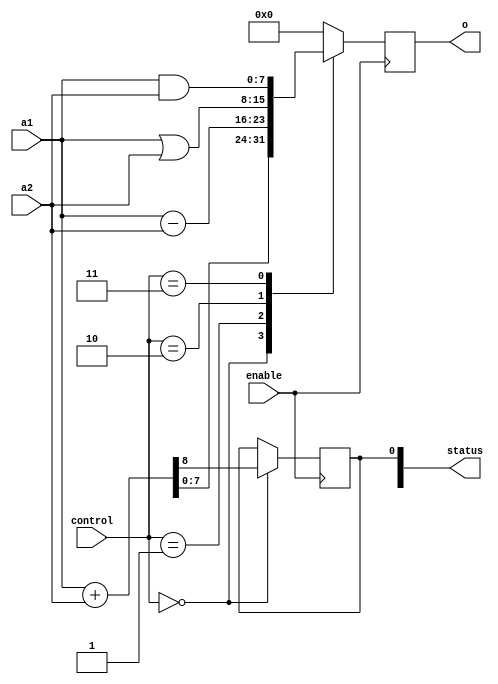
module alu (a1, a2, o, status, control, enable);
input wire [7:0] a1, a2;
output reg [7:0] o;
input wire [4:0] control;
output reg [2:0] status;
input wire enable;
wire [8:0] a1_x, a2_x, o_x;


always  @ (posedge enable )
begin
	case (control)
		2'b00000 :begin
				a1_x = {1'b0, a1};
				a2_x = {1'b0, a2};
				o_x = a1_x + a2_x;
				o = o_x[7:0];
				status[0] = o_x[8];	
			end
		2'b00001 : o = a1 - a2;
		2'b00010 : o = a1 | a2;
		2'b00011 : o = a1 & a2;
		2'b00100 : o = a1 ^ a2;
		2'b00101 : o = ~a2;
                2'b00110 : o = a1 << a2;
                2'b00111 : o = a1 >> a2;
                2'b01000 : o = a1 >>> a2;
                2'b01001 : o = (a1 << a2) | (a1 >> (8-a2));
                2'b01010 : o = (a1 >> a2) | (a1 >> (8-a2));
                2'b01011 : o = a2;
                2'b01100 : o = 2'b00000000;
                2'b01101 : o = 2'b00000000;
		2'b01110 : o = 2'b00000000;
		2'b01111 : o = a2 + a1 + status[0];
		2'b10000 : o = a2 - a1 - status[0];
		default : o = 2'b00000000;
	endcase






end

endmodule